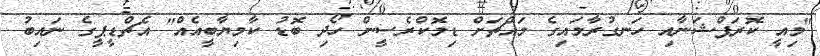
"މިއީ ކޮރަޕްޝަނާއި ހަނގުރާމައިގެ މައްޗަށް ޑިމޮކްރެސީން ހޯދި ބޮޑު ކާމިޔާބީއެއް" އެޗްޑީޕީގެ ނައިބު